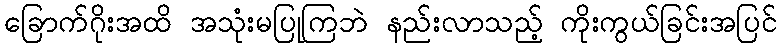
ခြောက်ဂိုးအထိ အသုံးမပြုကြဘဲ နည်းလာသည့် ကိုးကွယ်ခြင်းအပြင်